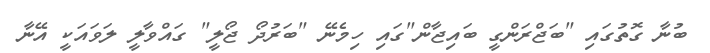
ބުނާ ގޮތުގައި "ބަޖްރަންގީ ބައިޖާން"ގައި ހިމެނޭ "ބަރުދޯ ޖޯލީ" ގައްވާލީ ލަވައަކީ އޭނާ